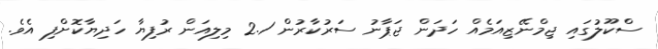
ސްކޫލުގައި ޖިމްނޭޒިއަމެއް ހަދަން ޖަޕާނު ސަރުކާރުން 2.1 މިލިއަން ރުފިޔާ ހަދިޔާކޮށްފި އެވެ.